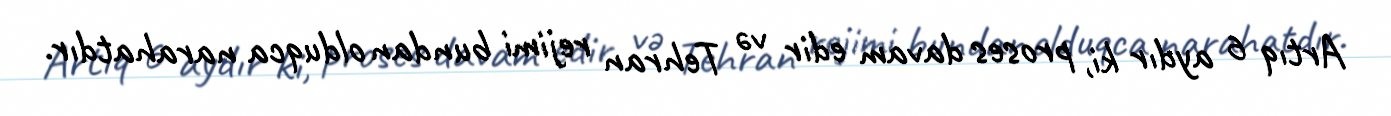
Artıq 6 aydır ki, proses davam edir və Tehran rejimi bundan olduqca narahatdır.